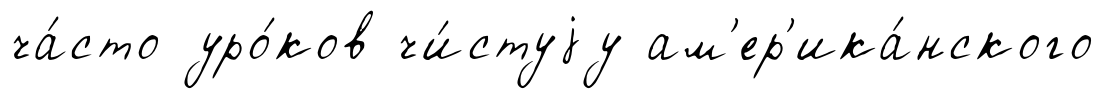
ча́сто уро́ков чи́стуjу ам'ер'ика́нского